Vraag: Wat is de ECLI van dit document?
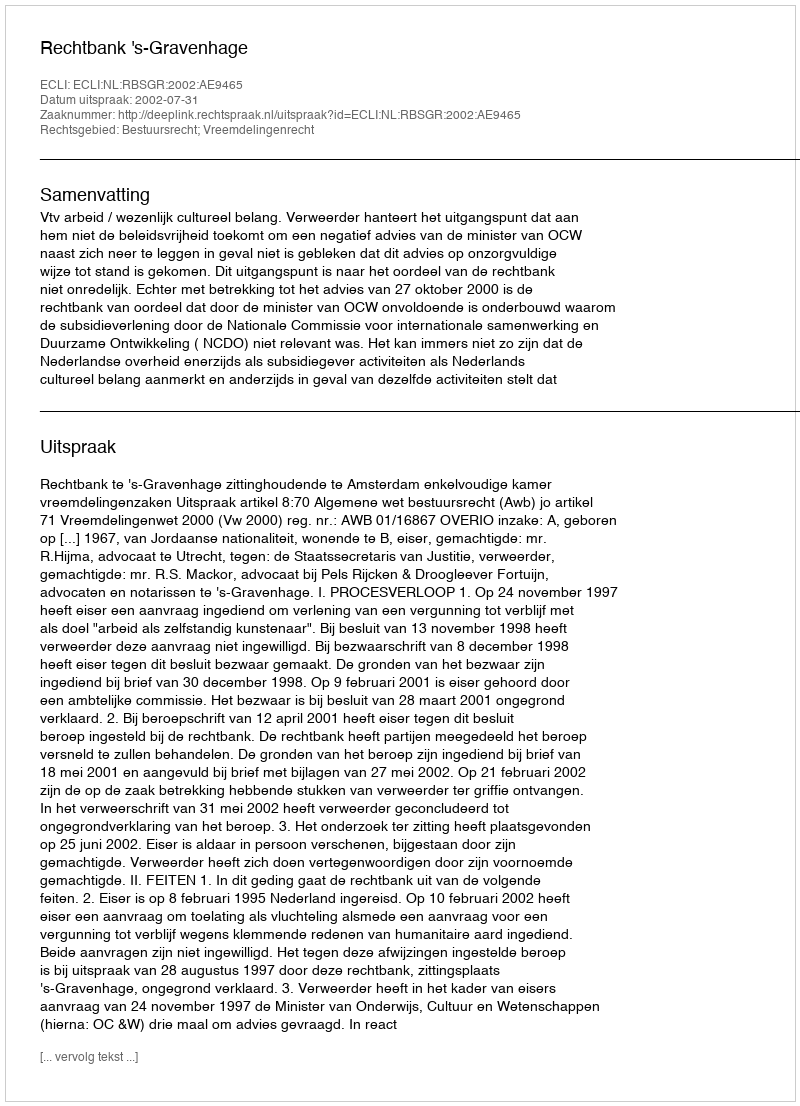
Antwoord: ECLI:NL:RBSGR:2002:AE9465